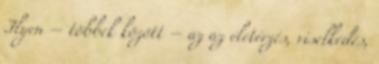
Ilyen – többek között – az az életérzés, viselkedés,